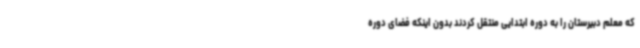
که معلم دبیرستان را به دوره ابتدایی منتقل کردند بدون اینکه فضای دوره